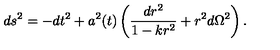
d s ^ { 2 } = - d t ^ { 2 } + a ^ { 2 } ( t ) \left( \frac { d r ^ { 2 } } { 1 - k r ^ { 2 } } + r ^ { 2 } d \Omega ^ { 2 } \right) .